Annual report of the Bengal Veterinary College and of the Civil Veterinary Department, Bengal, for the year 1917-18 - 1917-1918
Year: 1917
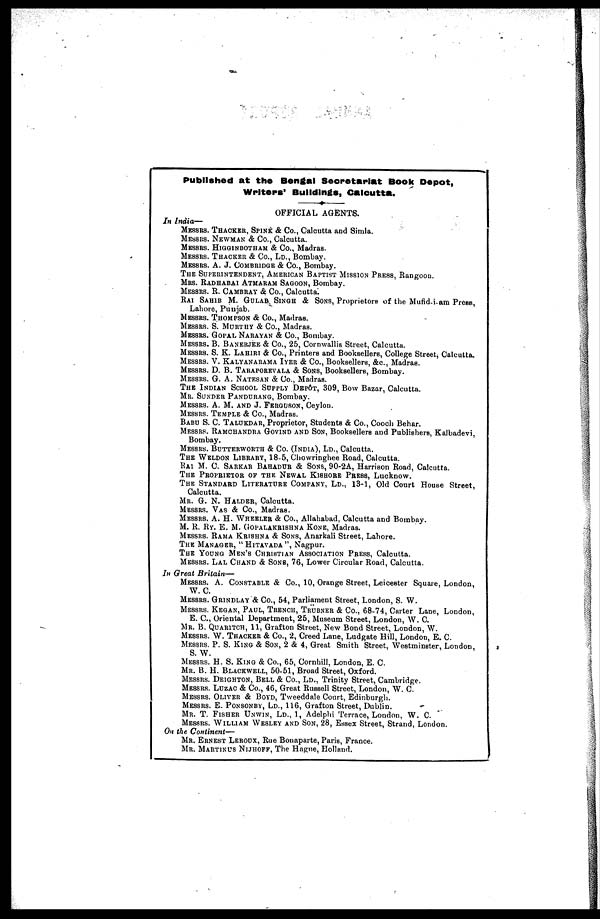
Published at the Bengal Secretariat Book Depot,
Writers' Buildings, Calcutta.
OFFICIAL AGENTS.
In India—
MESSRS. THACKER, SPINK & Co., Calcutta and Simla.
MESSRS. NEWMAN & Co., Calcutta.
MESSRS. HIGGINBOTHAM & Co., Madras.
MESSRS. THACKER & Co., LD., Bombay.
MESSRS. A. J. COMBRIDGE & Co., Bombay.
THE SUPERINTENDENT, AMERICAN BAPTIST MISSION PRESS, Rangoon.
MRS. RADHABAI ATMARAM SAGOON, Bombay.
MESSRS. R. CAMBRAY & Co., Calcutta.
RAI SAHIB M. GULAB SINGH & SONS, Proprietors of the Mufid-i-am Press,
Lahore, Punjab.
MESSRS. THOMPSON& Co., Madras.
MESSRS. S. MURTHY & Co., Madras.
MESSRS. GOPAL NARAYAN & Co., Bombay.
MESSRS. B. BANERJEE & Co., 25, Cornwallis Street, Calcutta.
MESSRS. S. K. LAHIRI & Co., Printers and Booksellers, College Street, Calcutta.
MESSRS. V. KALYANARAMA IYER& Co., Booksellers, &c., Madras.
MESSRS. D. B. TARAPOREVALA & SONS, Booksellers, Bombay.
MESSRS. G. A. NATESAN & Co., Madras.
THE INDIAN SCHOOL SUPPLY DEPÔT, 309, Bow Bazar, Calcutta.
MR. SUNDER PANDURANG, Bombay.
MESSRS. A. M. AND J. FERGUSON, Ceylon.
MESSRS. TEMPLE & Co., Madras.
BABU S. C. TALUKDAR, Proprietor, Students & Co., Cooch Behar.
MESSRS. RAMCHANDRA GOVIND AND SON, Booksellers and Publishers, Kalbadevi,
Bombay.
MESSRS. BUTTERWORTH & Co. (INDIA), LD., Calcutta.
THE WELDON LIBRARY, 18-5, Chowringhee Road, Calcutta.
RAI M. C. SARKAR BAHADUR & SONS, 90-2A, Harrison Road, Calcutta.
THE PROPRIETOR OF THE NEWAL KISHORE PRESS, Lucknow.
THE STANDARD LITERATURE COMPANY, LD., 13-1, Old Court House Street,
Calcutta.
MR. G. N. HALDER, Calcutta.
MESSRS. VAS & Co., Madras.
MESSRS. A. H. WHEELER & Co., Allahabad, Calcutta and Bombay.
M. R. RY. E. M. GOPALAKRISHNA KONE, Madras.
MESSRS. RAMA KRISHNA & SONS, Anarkali Street, Lahore.
THE MANAGER, "HITAVADA", Nagpur.
THE YOUNG MEN'S CHRISTIAN ASSOCIATION PRESS, Calcutta.
MESSRS. LAL CHAND & SONS, 76, Lower Circular Road, Calcutta.
In Great Britain—
MESSRS. A. CONSTABLE & Co., 10, Orange Street, Leicester Square, London,
W. C.
MESSRS. GRINDLAY & Co., 54, Parliament Street, London, S. W.
MESSRS. KEGAN, PAUL, TRENCH, TRUBNER & Co., 68-74, Carter Lane, London,
E. C., Oriental Department, 25, Museum Street, London, W. C.
MR. B. QUARITCH, 11, Grafton Street, New Bond Street, London, W.
MESSRS. W. THACKER & Co., 2, Creed Lane, Ludgate Hill, London, E. C.
MESSRS. P. S. KING & SON, 2 & 4, Great Smith Street, Westminster, London,
S. W.
MESSRS. H. S. KING & Co., 65, Cornhill, London, E. C.
MR. B. H. BLACKWELL, 50-51, Broad Street, Oxford.
MESSRS. DEIGHTON, BELL & Co., LD., Trinity Street, Cambridge.
MESSRS. LUZAC & CO., 46, Great Russell Street, London, W. C.
MESSRS. OLIVER & BOYD, Tweeddale Court, Edinburgh.
MESSRS. E. PONSONBY, LD., 116, Grafton Street, Dublin.
MR. T. FISHER UNWIN, LD., 1, Adelphi Terrace, London, W. C.
MESSRS. WILLIAM WESLEY AND SON, 28, Essex Street, Strand, London.
On the Continent—
MR. ERNEST LEROUX, Rue Bonaparte, Paris, France.
MR. MARTIN US NIJHOFF, The Hague, Holland.